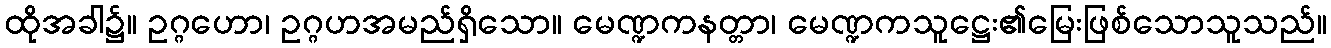
ထိုအခါ၌။ ဥဂ္ဂဟော၊ ဥဂ္ဂဟအမည်ရှိသော။ မေဏ္ဍကနတ္တာ၊ မေဏ္ဍကသူဋ္ဌေး၏မြေးဖြစ်သောသူသည်။